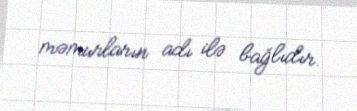
məmurların adı ilə bağlıdır.